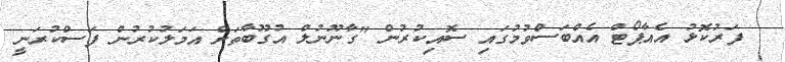
ފަރުކޮޅު އެއާޕޯޓް އެއްބަސްވުމުގައި ސޮއިކުރުން "ގާނޫނުލް އުގޫބާތަށް އަމަލުކުރުން ފަސްކުރަނީ